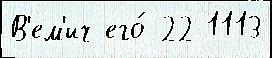
В'ем'ич его́ 22 1113